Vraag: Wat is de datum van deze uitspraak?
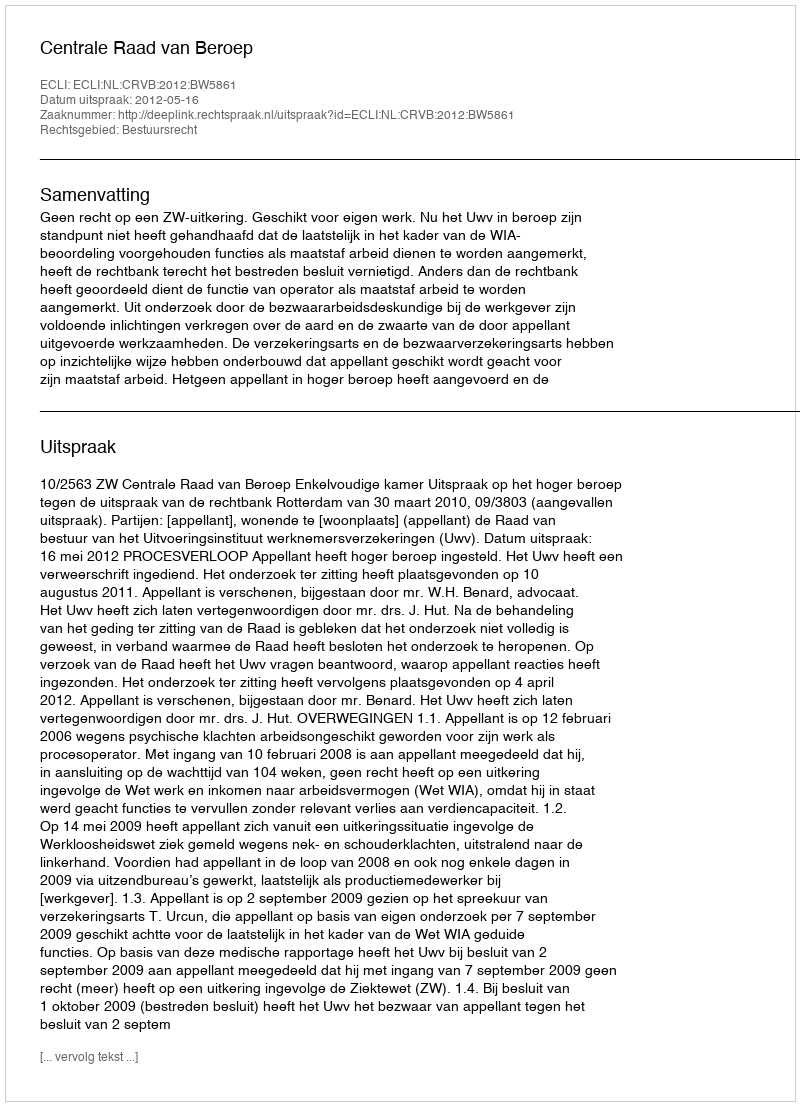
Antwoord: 2012-05-16